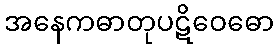
အနေကဓာတုပဋိဝေဓော